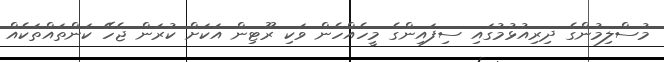
މުސްލިމުންގެ ދިރިއުޅުމުގައި ސިފައިންގެ މީހެއްހެން ވަކި ރޫޓިން އަކަށް ކުރަން ޖެހޭ ކަންތައްތަކެއް